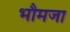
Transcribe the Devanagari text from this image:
भौमजा